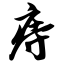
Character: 痔